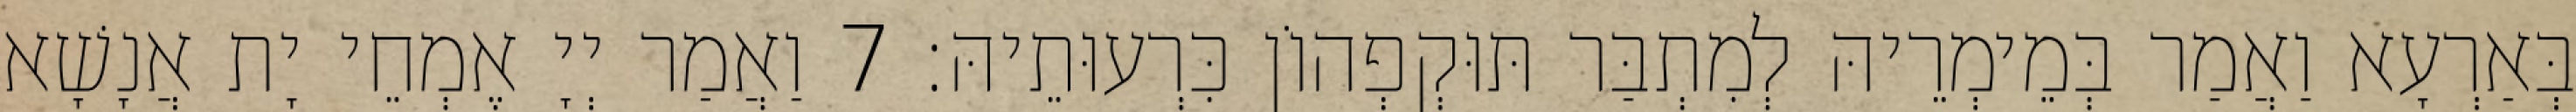
בְּאַרְעָא וַאֲמַר בְּמֵימְרֵיהּ לְמִתְבַּר תּוּקְפְהוֹן כִּרְעוּתֵיהּ׃ 7 וַאֲמַר יְיָ אֶמְחֵי יָת אֲנָשָׁא